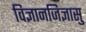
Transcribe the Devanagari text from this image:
विज्ञानजिज्ञासु